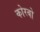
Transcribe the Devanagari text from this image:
कोरबो